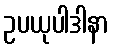
ဥပယုပါဒါနာ